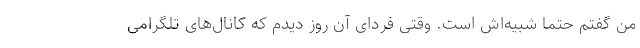
من گفتم حتما شبیه‌اش است. وقتی فردای آن روز دیدم که کانال‌های تلگرامی